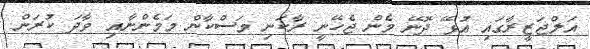
އަލްޖަޒީރާގައި އުޅޭ ދޮނޭ މެން ޖެހޭނީ ރާކަނި މަސްކާން މަމެންނާއި ވާދަ ކުރަން